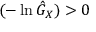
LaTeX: ( - \ln { \hat { G } } _ { X } ) > 0